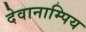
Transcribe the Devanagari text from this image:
देवानाम्पिय